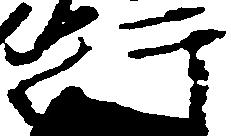
行